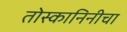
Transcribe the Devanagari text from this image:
तोस्कानिनीचा